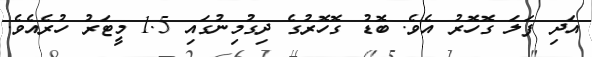
އަދި ފަލަ ގޮހޮރު އެވެ. ބޮޑު ގޮހޮރުގެ ދިގުމިނުގައި 1.5 މީޓަރު ހުރެއެވެ.